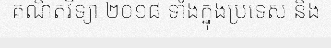
គណិតវិទ្យា ២០១៨ ទាំងក្នុងប្រទេស និង